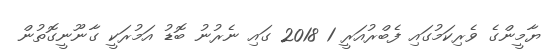
ޔާމީންގެ ވެރިކަމުގައި ފެބްރުއަރީ 1 2018 ގައި ނެރުނު ބޮޑު އަމުރަކީ ގާނޫނީގޮތުން